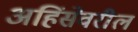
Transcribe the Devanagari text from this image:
अहिंसेवरील